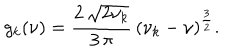
LaTeX: g _ { k } ( \nu ) = \frac { 2 \, { \sqrt { 2 \nu _ { k } } } } { 3 \, \pi } \, { \left( \nu _ { k } - \nu \right) } ^ { \frac { 3 } { 2 } } .